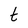
Character: t